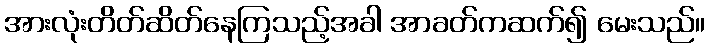
အားလုံးတိတ်ဆိတ်နေကြသည့်အခါ အာခတ်ကဆက်၍ မေးသည်။